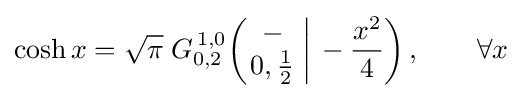
\cosh x={\sqrt {\pi }}\;G_{0,2}^{\,1,0}\!\left(\left.{\begin{matrix}-\\0,{\frac {1}{2}}\end{matrix}}\;\right|\,-{\frac {x^{2}}{4}}\right),\qquad \forall x